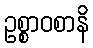
ဥစ္စာဝစာနိ